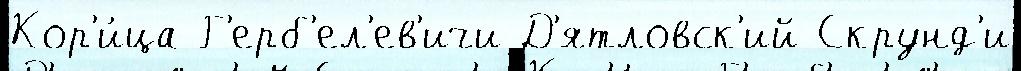
Кор'и́ца Г'ерб'ел'ев'ичи Д'ятловск'ий Скрунд'и